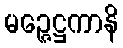
မဉ္ဇေဋ္ဌကာနိ